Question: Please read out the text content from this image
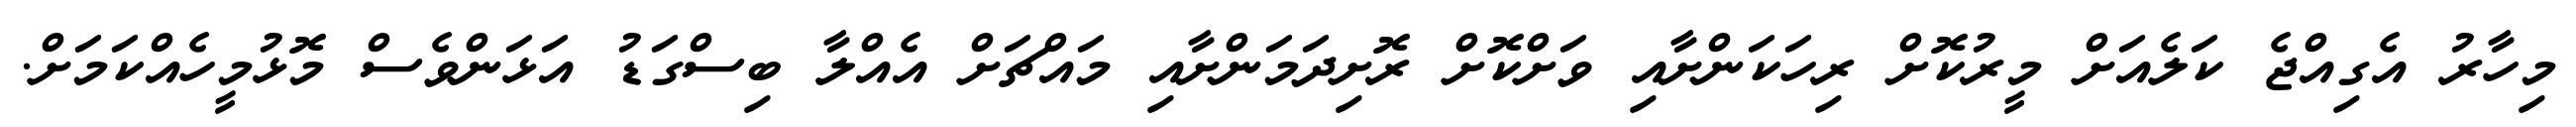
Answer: މިހާރު އެގިއްޖެ ކަލެއަށް މީރުކޮށް ރިހަކަންށާއި ވަށްކޮށް ރޮށިދަމަންށާއި މައްޗަށް އެއްލާ ބިސްގަޑު އަޅަންވެސް މޮޅުމީހެއްކަމަށް.